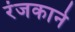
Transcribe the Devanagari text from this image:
रंजकाने